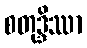
စတုဒ္ဒိဿာ